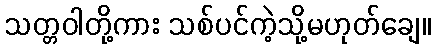
သတ္တဝါတို့ကား သစ်ပင်ကဲ့သို့မဟုတ်ချေ။